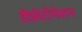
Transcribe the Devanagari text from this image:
डीप्रोटोनेशन